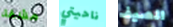
مشقة ناحيتي الصيف